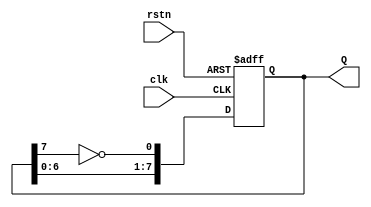
module johnson_8_bit(
    input rstn, 
    input clk,
    output reg [7:0] Q
);
// we take clock and reset as input, and register Q will store the current count
always @(posedge clk or negedge rstn) // Q changes on every positive edge of clock and resets on negative edge of custom reset 
    if(rstn)
        Q <= {{Q[6:0]},{~Q[7]}};
    else
        Q <= 0;
endmodule